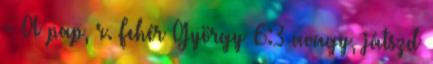
- A pap, r. Fehér György 6:3 avagy, játszd